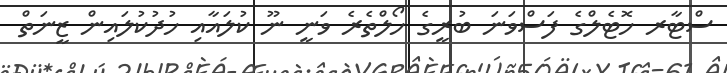
ސްޓާރ ހޮޓެލްގެ ފަސްވަނަ ބުރީގެ ހޯލްތެރެ ވަނީ ނޫ ކުލައާއި ހުދުކުލައިން ޒީނަތް